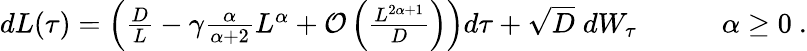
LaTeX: \begin{array}{r}{dL(\tau)=\left(\frac{D}{L}-\gamma\frac{\alpha}{\alpha+2}L^{\alpha}+\mathcal{O}\left(\frac{L^{2\alpha+1}}{D}\right)\right)d\tau+\sqrt{D}\; dW_{\tau}\qquad\quad\alpha\ge 0\ .}\end{array}